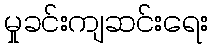
မှုခင်းကျဆင်းရေး